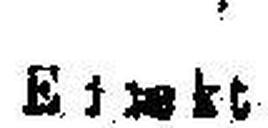
Eirekt